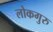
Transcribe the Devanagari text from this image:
लोकगुरु